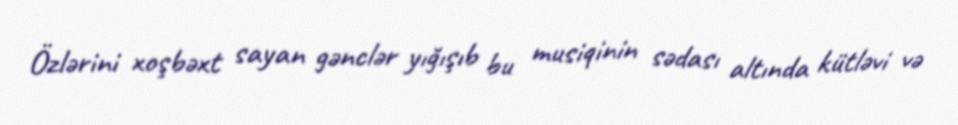
Özlərini xoşbəxt sayan gənclər yığışıb bu musiqinin sədası altında kütləvi və